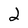
Character: 2